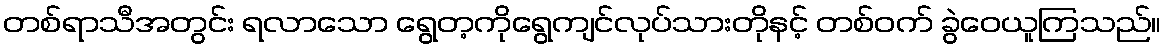
တစ်ရာသီအတွင်း ရလာသော ရွေတ့ကိုရွေကျင်လုပ်သားတိုနင့် တစ်ဝက် ခွဲဝေယူကြသည်။